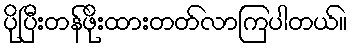
ပိုပြီးတန်ဖိုးထားတတ်လာကြပါတယ်။